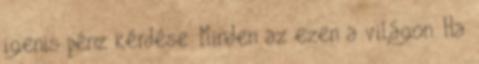
igenis pénz kérdése. Minden az ezen a világon. Ha